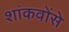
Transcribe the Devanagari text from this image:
शांकवोंसे